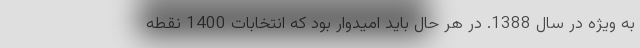
به ویژه در سال 1388. در هر حال باید امیدوار بود که انتخابات 1400 نقطه